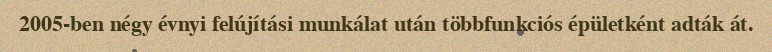
2005-ben négy évnyi felújítási munkálat után többfunkciós épületként adták át.